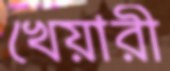
খেয়ারী